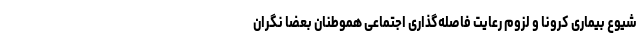
شیوع بیماری کرونا و لزوم رعایت فاصله‌گذاری اجتماعی هموطنان بعضا نگران